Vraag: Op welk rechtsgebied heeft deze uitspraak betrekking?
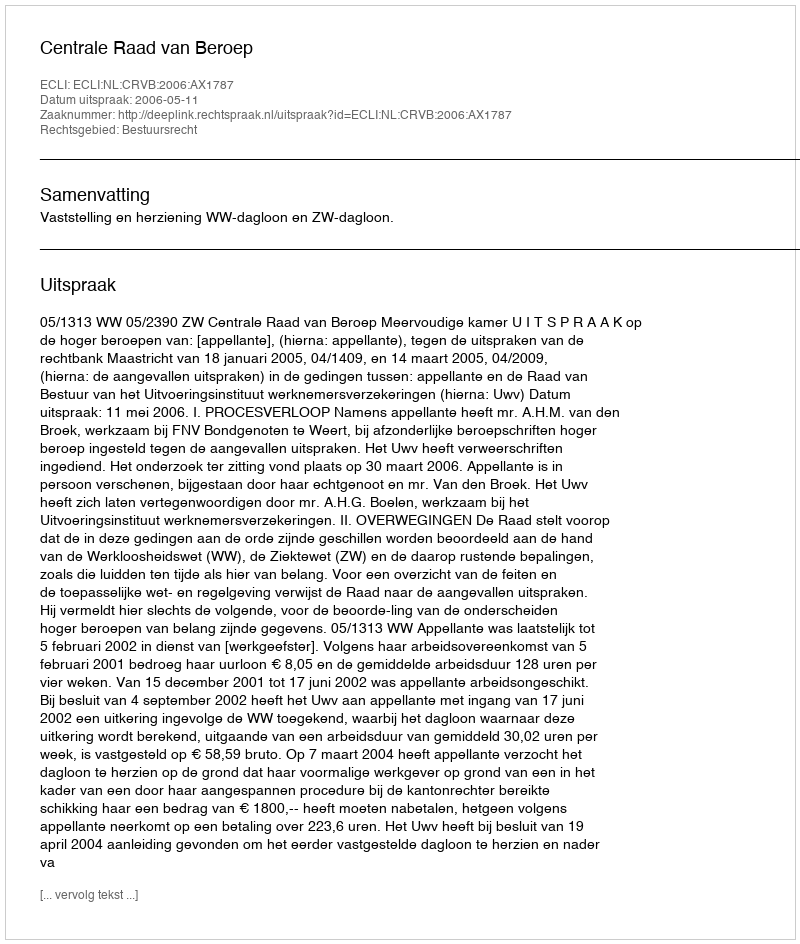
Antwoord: Bestuursrecht